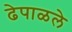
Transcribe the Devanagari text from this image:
ढेपाळले